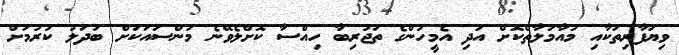
ވިޔަފާރިތަކާއި މުއާމަލާތްކޮށް އަދި އެމީހުންގެ ތަޖުރިބާ ހިއްސާ ކޮށްލެވޭނެ މަންސައަކަށް ބަދަލު ކުރުމަށް